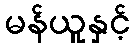
မန်ယူနှင့်